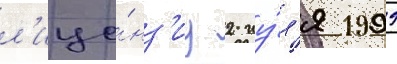
л'ице́нз'иу 2 иу́л'я 1999